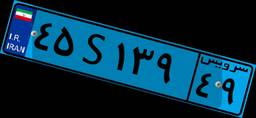
۹۸S۱۰۱۱۴